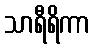
သာရီရိကာ